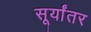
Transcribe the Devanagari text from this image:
सूर्यांतर